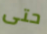
حتى